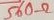
Text: 560Ω